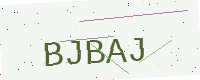
Text: BJBAJ